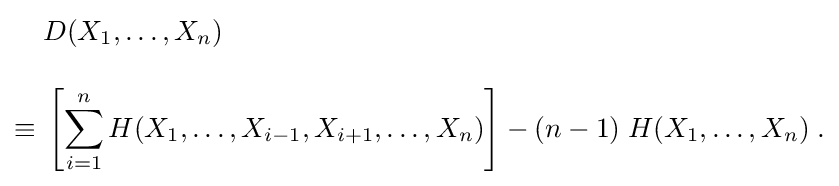
{\begin{aligned}&D(X_{1},\ldots ,X_{n})\\[10pt]\equiv {}&\left[\sum _{i=1}^{n}H(X_{1},\ldots ,X_{i-1},X_{i+1},\ldots ,X_{n})\right]-(n-1)\;H(X_{1},\ldots ,X_{n})\;.\end{aligned}}